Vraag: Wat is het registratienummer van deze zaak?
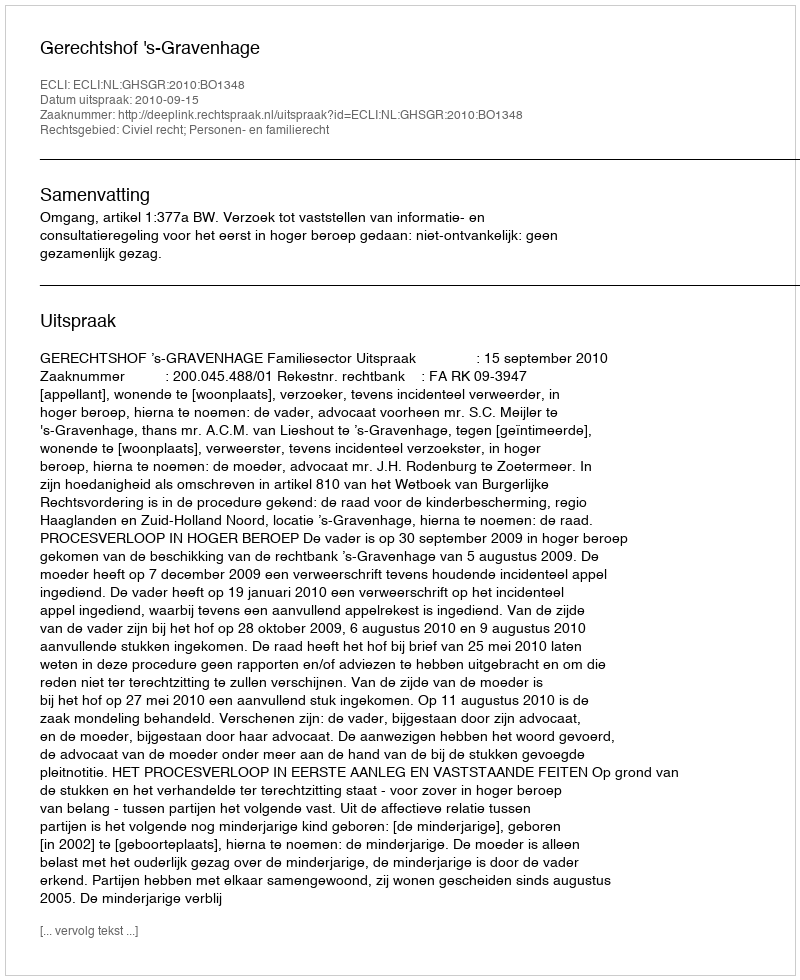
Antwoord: http://deeplink.rechtspraak.nl/uitspraak?id=ECLI:NL:GHSGR:2010:BO1348